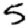
Digit: 5